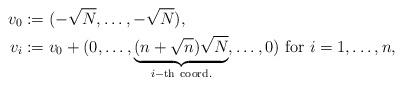
LaTeX: \begin{align*}v_0 &:=(-\sqrt{N}, \dots,-\sqrt{N}), \\v_i &:=v_0 + (0, \dots, \underbrace{(n+\sqrt{n})\sqrt{N}}_{i-{\rm th\ coord.}}, \dots, 0)\hbox{ for } i=1, \dots, n, \end{align*}